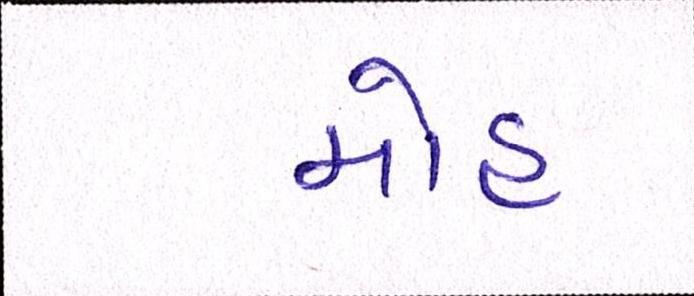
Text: મોહ